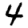
Digit: 4